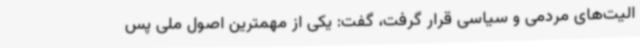
الیت‌های مردمی و سیاسی قرار گرفت، گفت: یکی از مهمترین اصول ملی پس